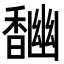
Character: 𩡎